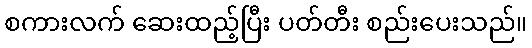
စကားလက် ဆေးထည့်ပြီး ပတ်တီး စည်းပေးသည်။